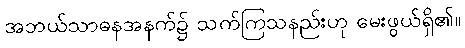
အဘယ်သာဓနအနက်၌ သက်ကြသနည်းဟု မေးဖွယ်ရှိ၏။